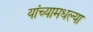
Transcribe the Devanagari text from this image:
यांच्यामधल्या